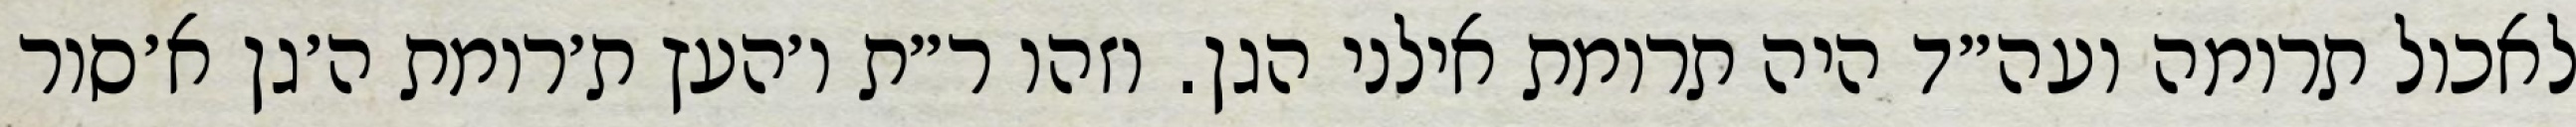
לאכול תרומה ועה״ד היה תרומת אילני הגן. וזהו ר״ת ו׳העץ ת׳רומת ה׳גן א׳סור